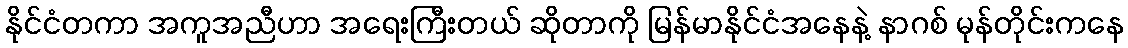
နိုင်ငံတကာ အကူအညီဟာ အရေးကြီးတယ် ဆိုတာကို မြန်မာနိုင်ငံအနေနဲ့ နာဂစ် မုန်တိုင်းကနေ